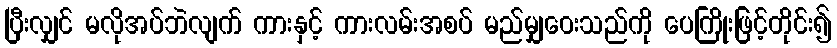
ပြီးလျှင် မလိုအပ်ဘဲလျက် ကားနှင့် ကားလမ်းအစပ် မည်မျှဝေးသည်ကို ပေကြိုးဖြင့်တိုင်း၍